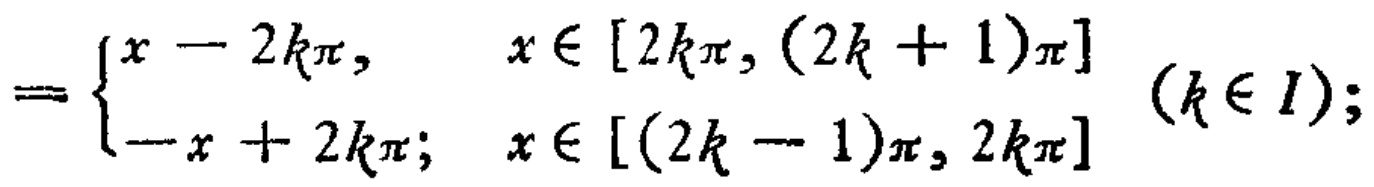
\[
= \begin{cases}
x - 2k\pi, & x \in [2k\pi, (2k + 1)\pi] \\
-x + 2k\pi; & x \in [(2k - 1)\pi, 2k\pi]
\end{cases} (k \in I);
\]